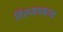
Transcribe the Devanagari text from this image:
तिरुमान्धाम